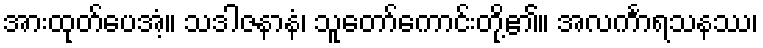
အားထုတ်ပေအံ့။ သဒါဇနာနံ၊ သူတော်ကောင်းတို့၏။ အလင်္ကာရသနဿ၊